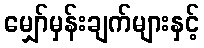
မျှော်မှန်းချက်များနှင့်